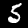
Digit: 5